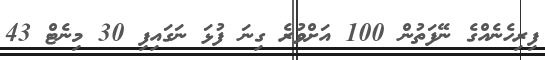
ފިރިހެނެއްގެ ނޭފަތުން 100 އަށްވުރެ ގިނަ ފުޅަ ނަގައިފި 30 މިނެޓް 43